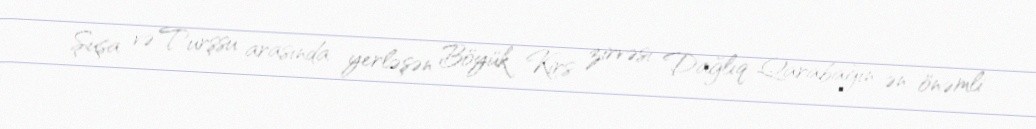
Şuşa və Turşsu arasında yerləşən Böyük Kirs zirvəsi Dağlıq Qarabağın ən önəmli